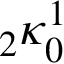
{ } _ { 2 } \kappa _ { 0 } ^ { 1 }